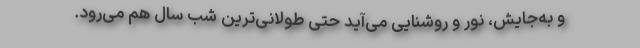
و به‌جایش، نور و روشنایی می‌آید حتی طولانی‌ترین شب سال هم می‌رود.